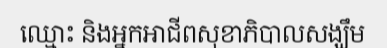
ឈ្មោះ និងអ្នកអាជីពសុខាភិបាលសង្ឃឹម